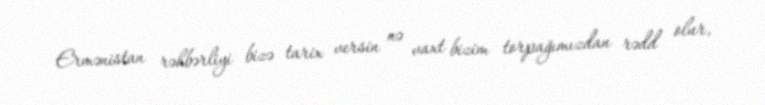
Ermənistan rəhbərliyi bizə tarix versin nə vaxt bizim torpağımızdan rədd olur,